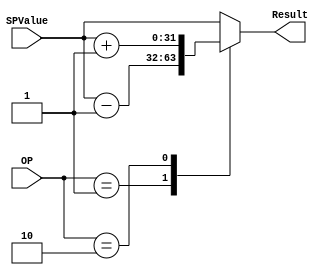
module sp_alu_32bit(
    input[31:0] SPValue,
    input[1:0] OP,
    output reg [31:0] Result
);

always @(*)
begin
case (OP)
2'b01:Result=SPValue-1;
2'b10:Result=SPValue+1;
default:Result=SPValue;
endcase
end

endmodule